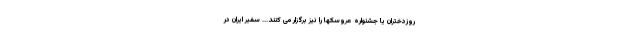
روزدختران یا جشنواره عروسکها را نیز برگزار می کنند... سفیر ایران در